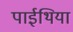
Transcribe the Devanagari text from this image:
पाईथिया